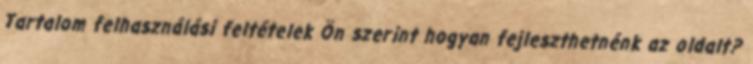
Tartalom felhasználási feltételek Ön szerint hogyan fejleszthetnénk az oldalt?